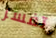
تفسر